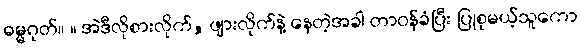
ဓမ္မဂုတ်။ ။ အဲဒီလိုစားလိုက်, ဖျားလိုက်နဲ့ နေတဲ့အခါ တာဝန်ခံပြီး ပြုစုမယ့်သူကော